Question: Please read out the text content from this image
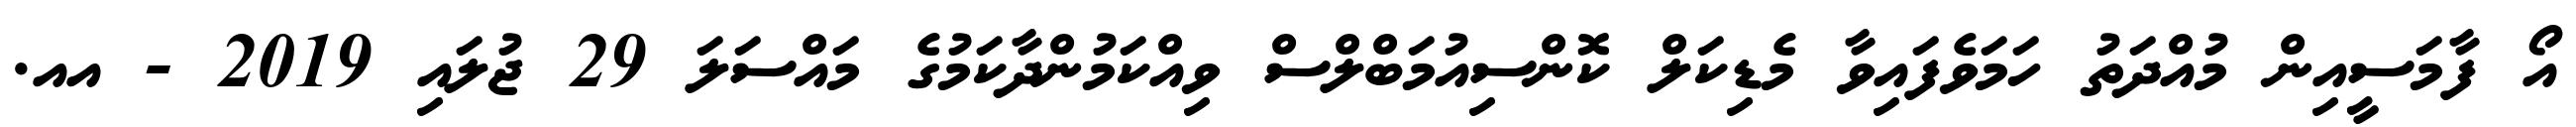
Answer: އޯ ފާމަސީއިން މުއްދަތު ހަމަވެފައިވާ މެޑިކަލް ކޮންސިއުމަބްލްސް ވިއްކަމުންދާކަމުގެ މައްސަލަ 29 ޖުލައި 2019 - އއ.